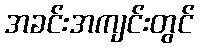
အခင်းအကျင်းတွင်